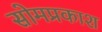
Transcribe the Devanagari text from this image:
सोमप्रकाश